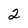
Character: 2